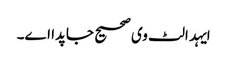
ایہد الٹ وی صحیح جاپدا اے۔